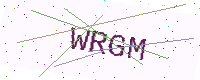
Text: WRGM